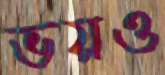
ভয়ও